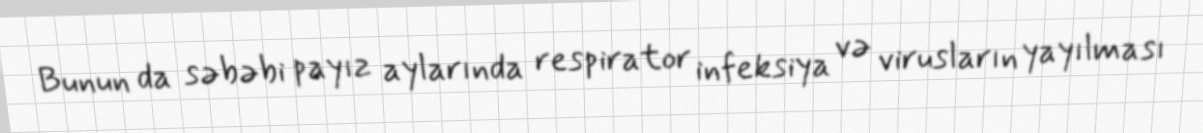
Bunun da səbəbi payız aylarında respirator infeksiya və virusların yayılması